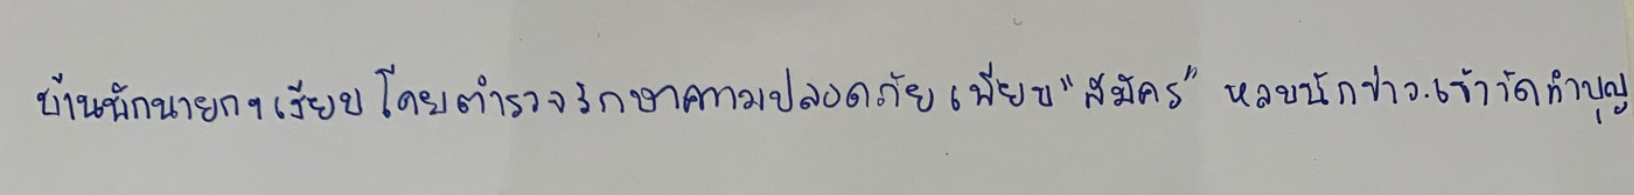
บ้านพักนายกฯเงียบโดยตำรวจรักษาความปลอดภัยเพียบ"สมัคร"หลบนักข่าวเข้าวัดทำบุญ